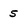
Character: s